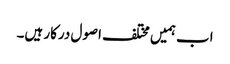
اب ہمیں مختلف اصول درکار ہیں۔